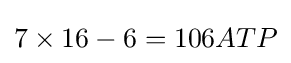
7\times 16-6=106ATP